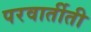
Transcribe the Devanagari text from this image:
परवार्तीती